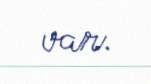
var.